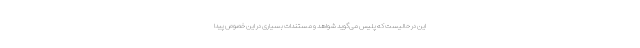
این در حالیست که پلیس می‌گوید شواهد و مستندات بسیاری در این خصوص پیدا